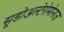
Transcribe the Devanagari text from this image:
सूडोअल्टेरोमोनाज